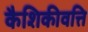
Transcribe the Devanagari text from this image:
कैशिकीवत्ति